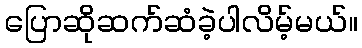
ပြောဆိုဆက်ဆံခဲ့ပါလိမ့်မယ်။